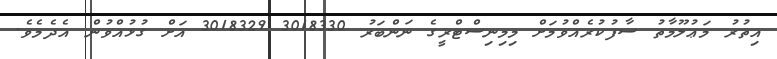
އިތުރު މަޢުލޫމާތު ސާފުކުރެއްވުމަށް މިމިނިސްޓްރީގެ ނަންބަރު 3018330 3018329 އަށް ގުޅުއްވުން އެދެމެވެ.